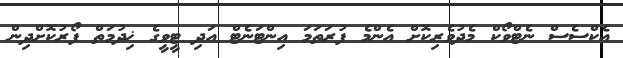
އެކްސެސް ނެޓްވޯކް މެދުވެރިކޮށް އެންމެ ފުރަތަމަ އިންޓަނެޓް އަދި ޓީވީގެ ޚިދުމަތް ފޯރުކޮށްދިން